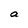
Character: a